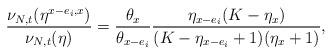
\begin{align*} \frac{\nu_{N,t}(\eta^{x-e_i,x})}{\nu_{N,t}(\eta)}=\frac{\theta_{x}}{\theta_{x-e_i}}\frac{\eta_{x-e_i}(K-\eta_x)}{(K-\eta_{x-e_i}+1)(\eta_x+1)},\end{align*}